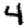
Digit: 4